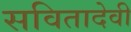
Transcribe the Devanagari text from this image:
सवितादेवी